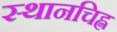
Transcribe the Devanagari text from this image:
स्थानचिह्न